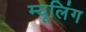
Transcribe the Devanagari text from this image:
म्यूलिंग